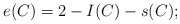
\begin{align*} e(C)=2-I(C)-s(C);\end{align*}